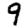
Digit: 9